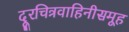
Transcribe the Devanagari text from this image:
दूरचित्रवाहिनीसमूह